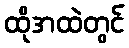
ထိုအထဲတွင်